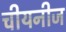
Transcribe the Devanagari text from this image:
चीयनीज